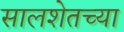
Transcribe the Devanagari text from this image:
सालशेतच्या